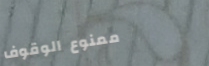
ممنوع الوقوف